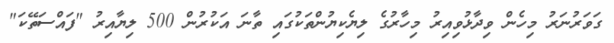
ގަވަރުނަރު މިހެން ވިދާޅުވިއިރު މިހާރުގެ ލިޔެކިޔުންތަކުގައި ތާނަ އަކުރުން 500 ލިޔާއިރު "ފައްސަތޭކަ"